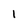
Character: 1